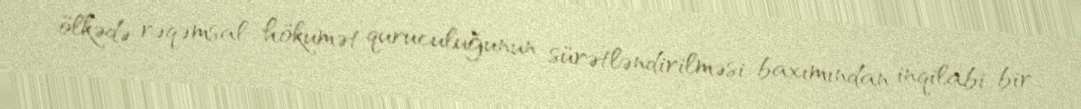
ölkədə rəqəmsal hökumət quruculuğunun sürətləndirilməsi baxımından inqilabi bir